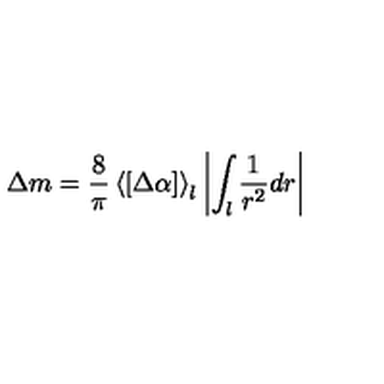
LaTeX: \Delta m = \frac { 8 } { \pi } \left< [ \Delta \alpha ] \right> _ { l } \left| \int _ { l } \frac { 1 } { r ^ { 2 } } d r \right|